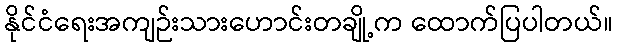
နိုင်ငံရေးအကျဉ်းသားဟောင်းတချို့က ထောက်ပြပါတယ်။